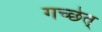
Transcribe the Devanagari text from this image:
गच्छेत्